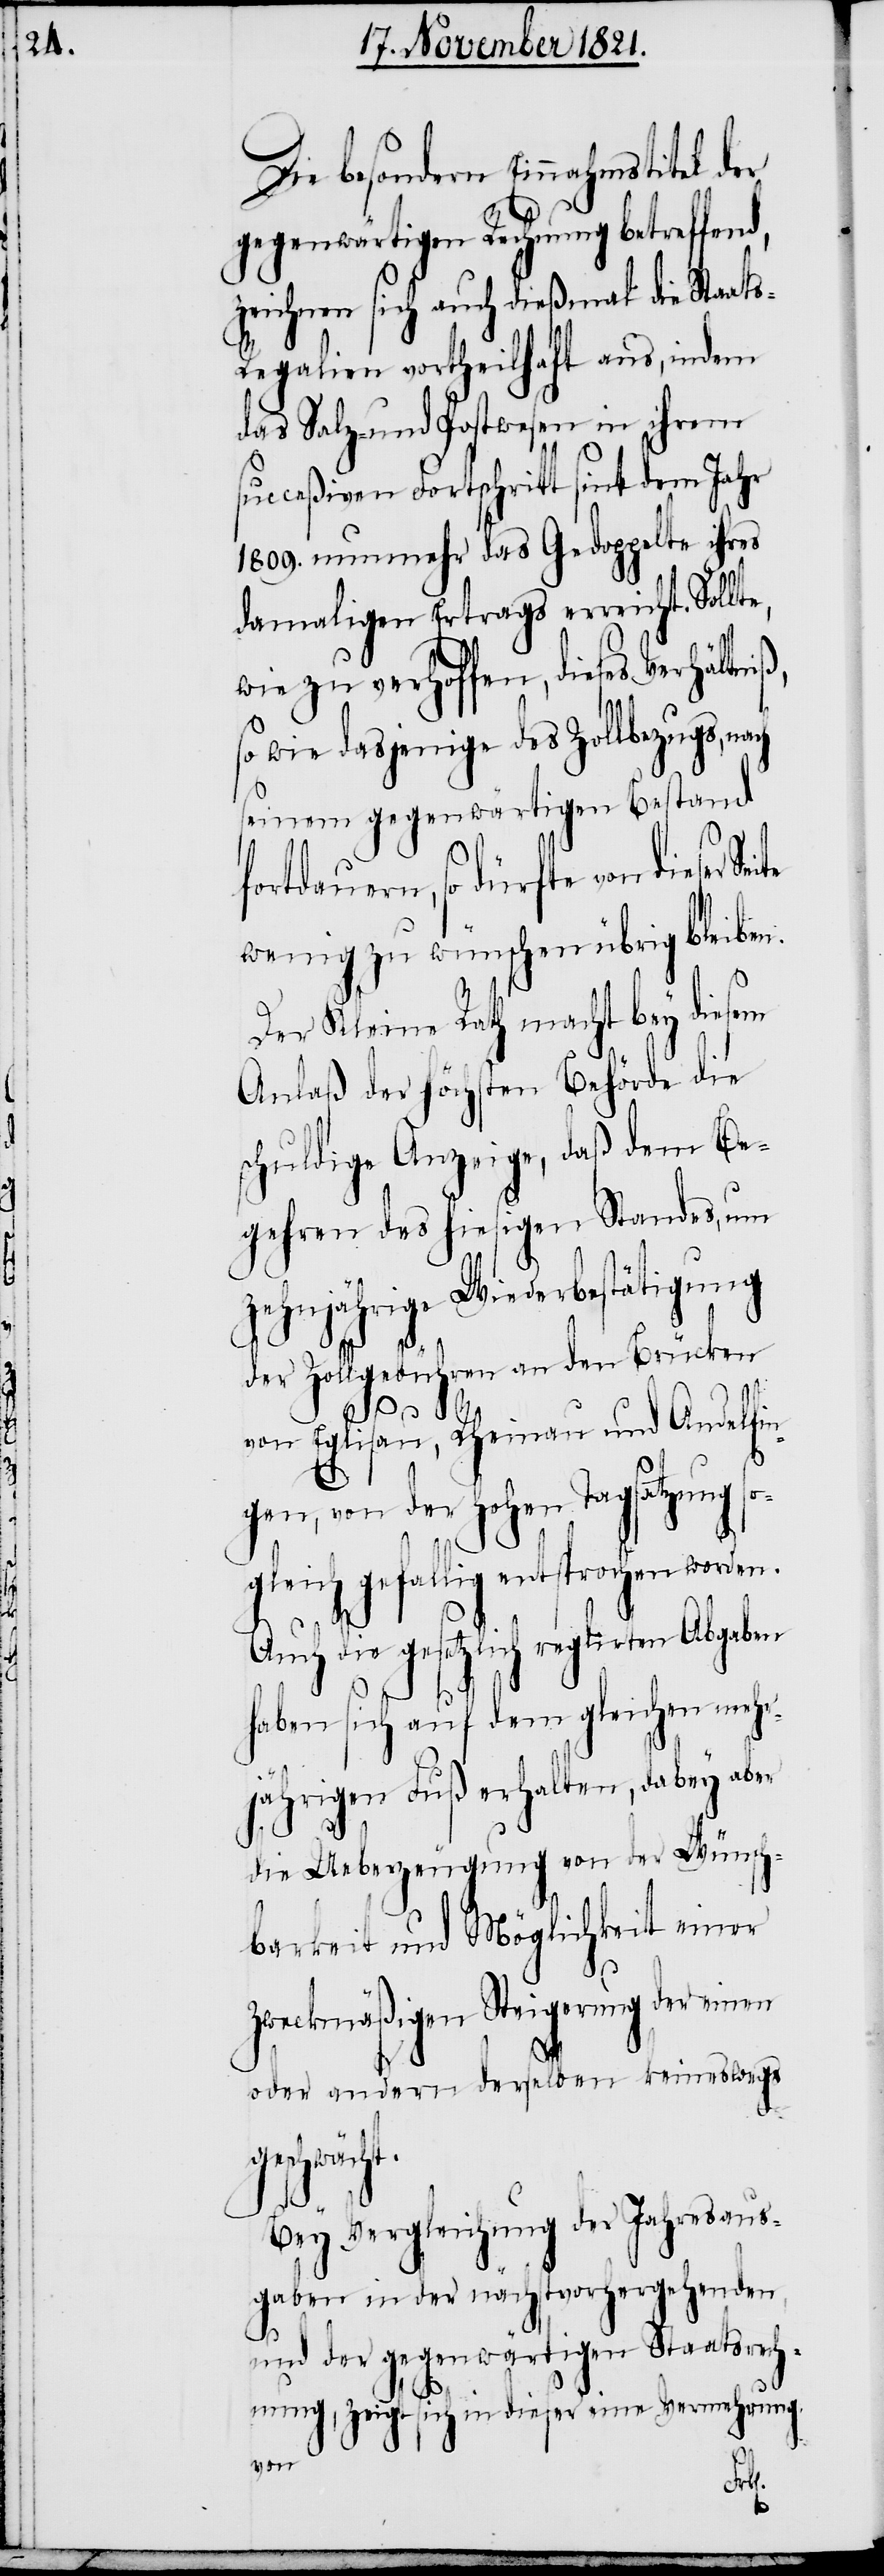
Die besondern Einnahmstitel der
gegenwärtigen Rechnung betreffend,
zeichnen sich auch dießmal die Staat¬
s-Regalien vortheilhaft aus, indem
das Salz- und Postwesen in ihrem
succeßiven Fortschritt sint dem Jahr
1809. nunmehr das Gedoppelte ihres
damaligen Ertrags erreicht. Sollt¬
wie zu verhoffen, dieses Verhältni¬
so wie dasjenige des Zollbezugs, na¬
seinem gegenwärtigen Bestand
fortdauern, so dürfte von dieser
wenig zu wünschen übrig bleiben.
Der Kleine Rath macht bey diesem
Anlaß der höchsten Behörde die
schuldige Anzeige, daß dem Be¬
gehren des hiesigen Standes, um
zehnjährige Wiederbestätigung
der Zollgebühren an den Brücken
von Eglisau, Rheinau und Andelfin¬
gen, von der Hohen Tagsatzung so¬
gleich gefallig entsprochen
Auch die gesetzlich reglirten Abgaben
haben sich auf dem gleichen mehr¬
jährigen Fuß erhalten, dabey aber
ch
die Ueberzeugung von der Wünsch¬
barkeit und Möglichkeit einer
zweckmäßigen Steigerung der einen
oder andern derselben keineswegs
geschwäch¬
t.
Bey Vergleichung der Jahresaus¬
gaben in der nächstvorhergehenden,
und der gegenwärtigen Staatsrech¬
nung, zeigt sich in dieser eine Vermehrung
von